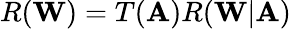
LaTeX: R(\mathbf{W})=T(\mathbf{A})R(\mathbf{W}|\mathbf{A})